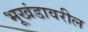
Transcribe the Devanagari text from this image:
भूखंडावरील